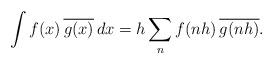
LaTeX: \begin{align*}\int f(x) \,\overline{g(x)} \, dx= h\sum_n f(nh) \,\overline{g(nh)}.\end{align*}